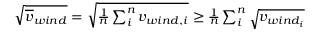
\begin{array} { r } { \sqrt { \overline { { v } } _ { w i n d } } = \sqrt { \frac { 1 } { n } \sum _ { i } ^ { n } { v _ { w i n d , i } } } \ge \frac { 1 } { n } \sum _ { i } ^ { n } { \sqrt { v _ { w i n d _ { i } } } } } \end{array}